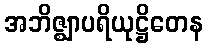
အဘိဇ္ဈာပရိယုဋ္ဌိတေန